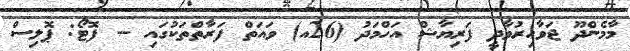
މާމެންދޫ ޖަވާހިރުވާދީ ފަރިޔާޝް އަހްމަދު (26އ) ވައަތް ފަރާތްތަކުގައި -- ފޮޓޯ: ޕޮލިސް